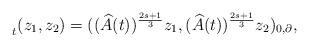
LaTeX: \begin{align*}\prescript{}{t}{(z_1,z_2)} = ( (\widehat{A}(t))^{\frac{2s+1}{3}} z_1,(\widehat{A}(t))^{\frac{2s+1}{3}} z_2 )_{0,\partial},\end{align*}